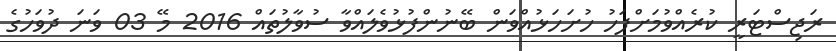
ރަޖިސްޓަރީ ކުރެއްވުމަށްފަހު ހުށަހަޅުއްވަން ބޭނުންފުޅުވެލައްވާ ސުވާލުތައް 2016 މޭ 03 ވަނަ ދުވަހުގެ